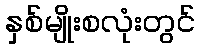
နှစ်မျိုးစလုံးတွင်